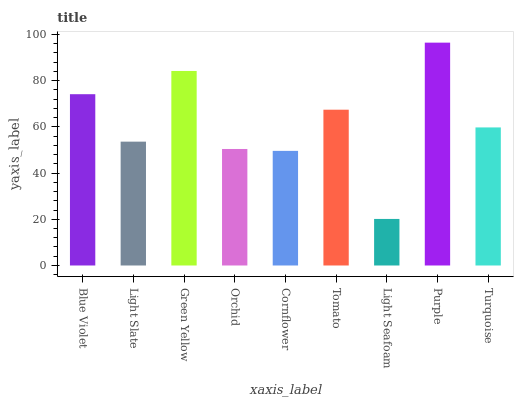
| xaxis_label | bars |
 | --- | --- |
 | Blue Violet | 74.1 |
 | Light Slate | 53.6 |
 | Green Yellow | 84.1 |
 | Orchid | 50.4 |
 | Cornflower | 49.6 |
 | Tomato | 67.4 |
 | Light Seafoam | 20.1 |
 | Purple | 96.4 |
 | Turquoise | 59.7 |